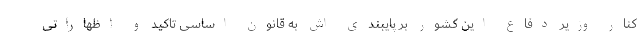
کنار وزیر دفاع این کشور بر پایبندی اش به قانون اساسی تاکید و اظهاراتی